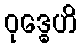
ဝုဒ္ဓေဟိ